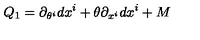
Q _ { 1 } = \partial _ { \theta ^ { i } } d x ^ { i } + \theta \partial _ { x ^ { i } } d x ^ { i } + M